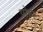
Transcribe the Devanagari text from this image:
पोरुर